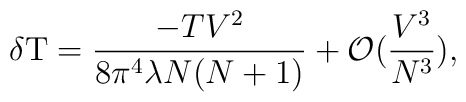
\delta{\rm T}=\frac{-TV^2}{8\pi^4\lambda N(N+1)}+{\cal O}(\frac{V^3}{N^3}),